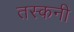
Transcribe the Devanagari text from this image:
तस्कनी